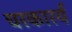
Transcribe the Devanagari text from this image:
चरकारर्य